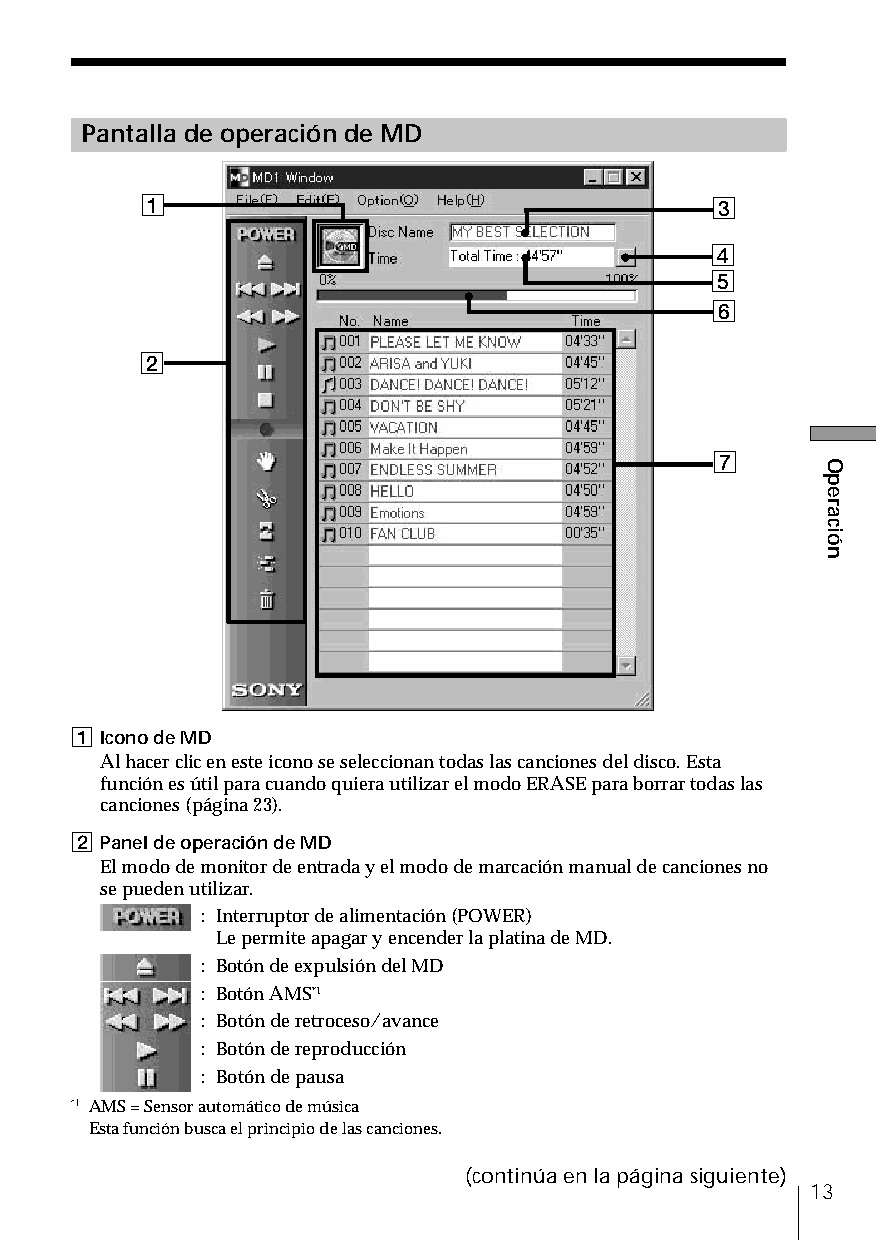
Pantalla de operación de MD
 1                                     3
 4
 5
 6
 2
 7
 1 Icono de MD
 Al hacer clic en este icono se seleccionan todas las canciones del disco. Esta
 función es útil para cuando quiera utilizar el modo ERASE para borrar todas las
 canciones (página 23).
 2 Panel de operación de MD
 El modo de monitor de entrada y el modo de marcación manual de canciones no
 se pueden utilizar.
 : Interruptor de alimentación (POWER)
 Le permite apagar y encender la platina de MD.
 : Botón de expulsión del MD
 : Botón AMS*1
 : Botón de retroceso/avance
 : Botón de reproducción
 : Botón de pausa
 *1 AMS = Sensor automático de música
 Esta función busca el principio de las canciones.
 (continúa en la página siguiente)
 13
 Operación